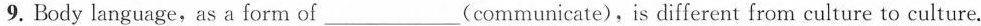
9. Body language,as a form of___communicate), is different from culture to culture.